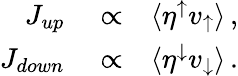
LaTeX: \begin{array}{rlr}{J_{up}}&{{}\propto}&{\langle\eta^{\uparrow}v_{\uparrow}\rangle\, ,}\\ {J_{down}}&{{}\propto}&{\langle\eta^{\downarrow}v_{\downarrow}\rangle\, .}\end{array}